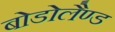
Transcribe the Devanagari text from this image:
बोडोलैण्ड